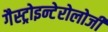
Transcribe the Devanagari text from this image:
गैस्ट्रोइन्टेरोलोजी